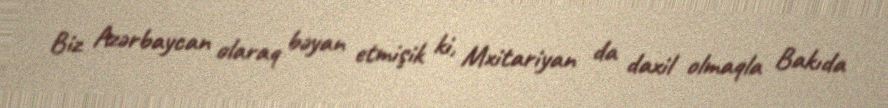
Biz Azərbaycan olaraq bəyan etmişik ki, Mxitariyan da daxil olmaqla Bakıda